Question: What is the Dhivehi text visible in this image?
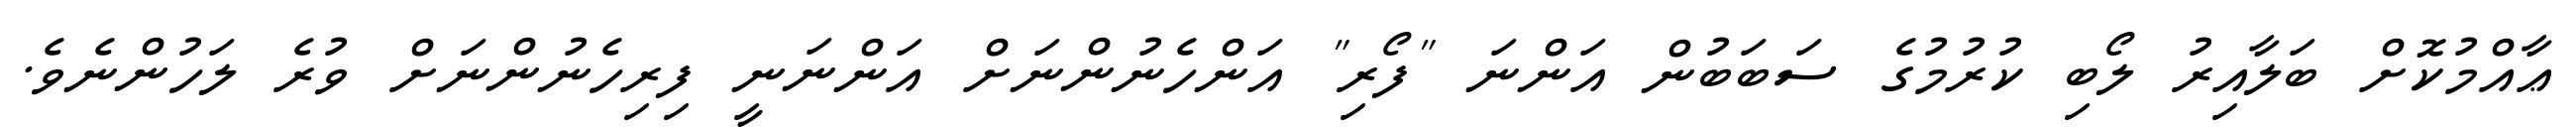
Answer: ޢާއްމުކޮށް ބަލާއިރު ލޯބި ކުރުމުގެ ސަބަބުން އަންނަ "ފޯރި" އަންހެނުންނަށް އަންނަނީ ފިރިހެނުންނަށް ވުރެ ލަހުންނެވެ.